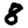
Digit: 8